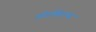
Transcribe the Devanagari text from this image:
अॅडमिशन्स